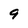
Character: 9